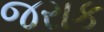
જરાક